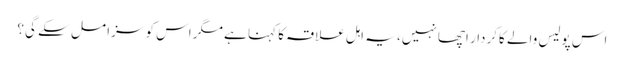
اس پولیس والے کاکردار اچھا نہیں، یہ اہل علاقہ کا کہنا ہے مگر اس کو سزا مل سکے گی؟